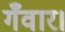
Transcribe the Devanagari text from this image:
गँवार।